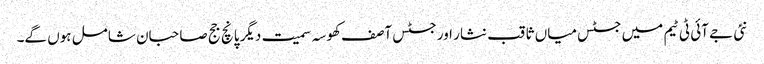
نئی جے آئی ٹی ٹیم میں جسٹس میاں ثاقب نثار اور جسٹس آصف کھوسہ سمیت دیگر پانچ جج صاحبان شامل ہوں گے۔